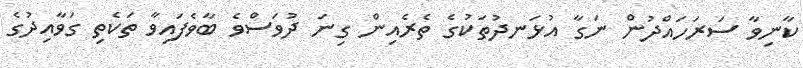
ކާނިވާ ސަރަހައްދުން ނަގާ އުޅަނދުތަކުގެ ތެރެއިން ގިނަ ދުވަސްވެ ބާވެފައިވާ ތަކެތި ގަވާއިދުގެ